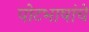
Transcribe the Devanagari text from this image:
पोटभाषांचे